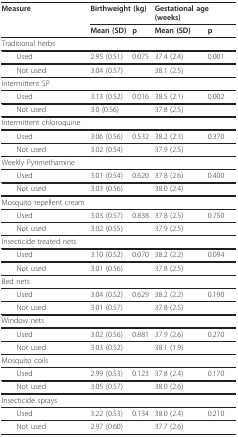
<table><thead><tr><td><b>Measure</b></td><td colspan="2"><b>Birthweight (kg)</b></td><td colspan="2"><b>Gestational age (weeks)</b></td></tr><tr><td></td><td><b>Mean (SD)</b></td><td><b>p</b></td><td><b>Mean (SD)</b></td><td><b>p</b></td></tr></thead><tbody><tr><td>Traditional herbs</td><td></td><td></td><td></td><td></td></tr><tr><td> Used</td><td>2.95 (0.51)</td><td>0.075</td><td>37.4 (2.4)</td><td>0.001</td></tr><tr><td> Not used</td><td>3.04 (0.57)</td><td></td><td>38.1 (2.5)</td><td></td></tr><tr><td>Intermittent SP</td><td></td><td></td><td></td><td></td></tr><tr><td> Used</td><td>3.13 (0.52)</td><td>0.016</td><td>38.5 (2.1)</td><td>0.002</td></tr><tr><td> Not used</td><td>3.0 (0.56)</td><td></td><td>37.8 (2.5)</td><td></td></tr><tr><td>Intermittent chloroquine</td><td></td><td></td><td></td><td></td></tr><tr><td> Used</td><td>3.06 (0.56)</td><td>0.532</td><td>38.2 (2.3)</td><td>0.370</td></tr><tr><td> Not used</td><td>3.02 (0.54)</td><td></td><td>37.9 (2.5)</td><td></td></tr><tr><td>Weekly Pyrimethamine</td><td></td><td></td><td></td><td></td></tr><tr><td> Used</td><td>3.01 (0.54)</td><td>0.620</td><td>37.8 (2.6)</td><td>0.400</td></tr><tr><td> Not used</td><td>3.03 (0.56)</td><td></td><td>38.0 (2.4)</td><td></td></tr><tr><td>Mosquito repellent cream</td><td></td><td></td><td></td><td></td></tr><tr><td> Used</td><td>3.03 (0.57)</td><td>0.838</td><td>37.8 (2.5)</td><td>0.750</td></tr><tr><td> Not used</td><td>3.02 (0.55)</td><td></td><td>37.9 (2.5)</td><td></td></tr><tr><td>Insecticide treated nets</td><td></td><td></td><td></td><td></td></tr><tr><td> Used</td><td>3.10 (0.52)</td><td>0.070</td><td>38.2 (2.2)</td><td>0.094</td></tr><tr><td> Not used</td><td>3.01 (0.56)</td><td></td><td>37.8 (2.5)</td><td></td></tr><tr><td>Bed nets</td><td></td><td></td><td></td><td></td></tr><tr><td> Used</td><td>3.04 (0.52)</td><td>0.629</td><td>38.2 (2.2)</td><td>0.190</td></tr><tr><td> Not used</td><td>3.01 (0.57)</td><td></td><td>37.8 (2.5)</td><td></td></tr><tr><td>Window nets</td><td></td><td></td><td></td><td></td></tr><tr><td> Used</td><td>3.02 (0.56)</td><td>0.881</td><td>37.9 (2.6)</td><td>0.270</td></tr><tr><td> Not used</td><td>3.03 (0.52)</td><td></td><td>38.1 (1.9)</td><td></td></tr><tr><td>Mosquito coils</td><td></td><td></td><td></td><td></td></tr><tr><td> Used</td><td>2.99 (0.53)</td><td>0.123</td><td>37.8 (2.4)</td><td>0.170</td></tr><tr><td> Not used</td><td>3.05 (0.57)</td><td></td><td>38.0 (2.6)</td><td></td></tr><tr><td>Insecticide sprays</td><td></td><td></td><td></td><td></td></tr><tr><td> Used</td><td>3.22 (0.53)</td><td>0.134</td><td>38.0 (2.4)</td><td>0.210</td></tr><tr><td> Not used</td><td>2.97 (0.60)</td><td></td><td>37.7 (2.6)</td><td></td></tr></tbody></table>